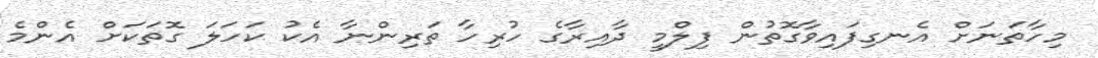
މިހާތަނަށް އެނގިފައިވާގޮތުން ފިލްމީ ދާއިރާގެ ހުރިހާ ތަރިންނާ އެކު ކަހަލަ ގޮތަކަށް އެންމެ